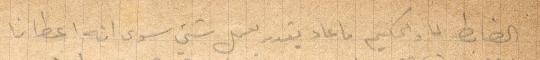
لضابط والحكيم ما عاد يقدر يعمل شي سوى انه اعطانا